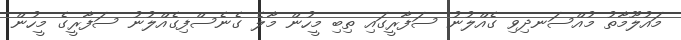
މައުލޫމާތު މުއްސަނދިވި ގެއްލުނު ސަފާރީގައި ތިބި މީހުން މާލެ ގެނެސްފިގެއްލުނު ސަފާރީގެ މީހުން